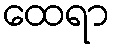
ထေရာ